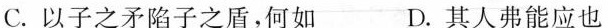
C .以子之矛陷子之盾，何如 D. 其人弗能应也